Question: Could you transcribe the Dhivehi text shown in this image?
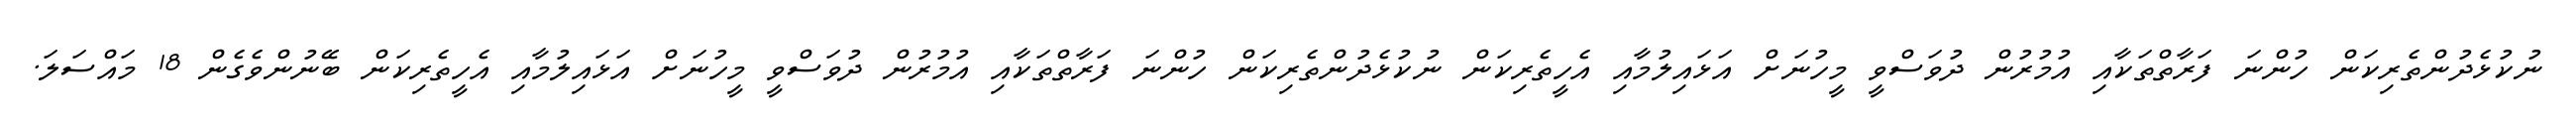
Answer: ނުކުޅެދުންތެރިކަން ހުންނަ ފަރާތްތަކާއި އުމުރުން ދުވަސްވީ މީހުނަށް އަޅައިލުމާއި އެހީތެރިކަން ނުކުޅެދުންތެރިކަން ހުންނަ ފަރާތްތަކާއި އުމުރުން ދުވަސްވީ މީހުނަށް އަޅައިލުމާއި އެހީތެރިކަން ބޭނުންވެގެން 18 މައްސަލަ.